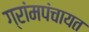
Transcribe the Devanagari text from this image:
ग्रांमपंचायत